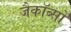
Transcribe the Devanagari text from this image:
जैकॉब्सों